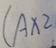
( A \times 2